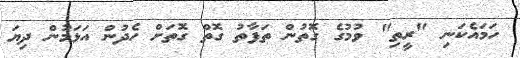
ހަމައެކަނި "ރީތި" ވުމުގެ ގޮތުން ތަފާތު ގޮތް ގޮތަށް ހެދުން އަޅަމުން ދިޔަ